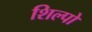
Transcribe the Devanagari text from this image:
शिल्पो